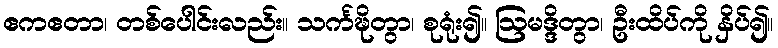
ဧကဧတာ၊ တစ်ပေါင်းလည်း။ သင်္ကဍ္ဎိတွာ၊ စုရုံး၍။ ဩမဒ္ဒိတွာ၊ ဦးထိပ်ကို နှိပ်၍။